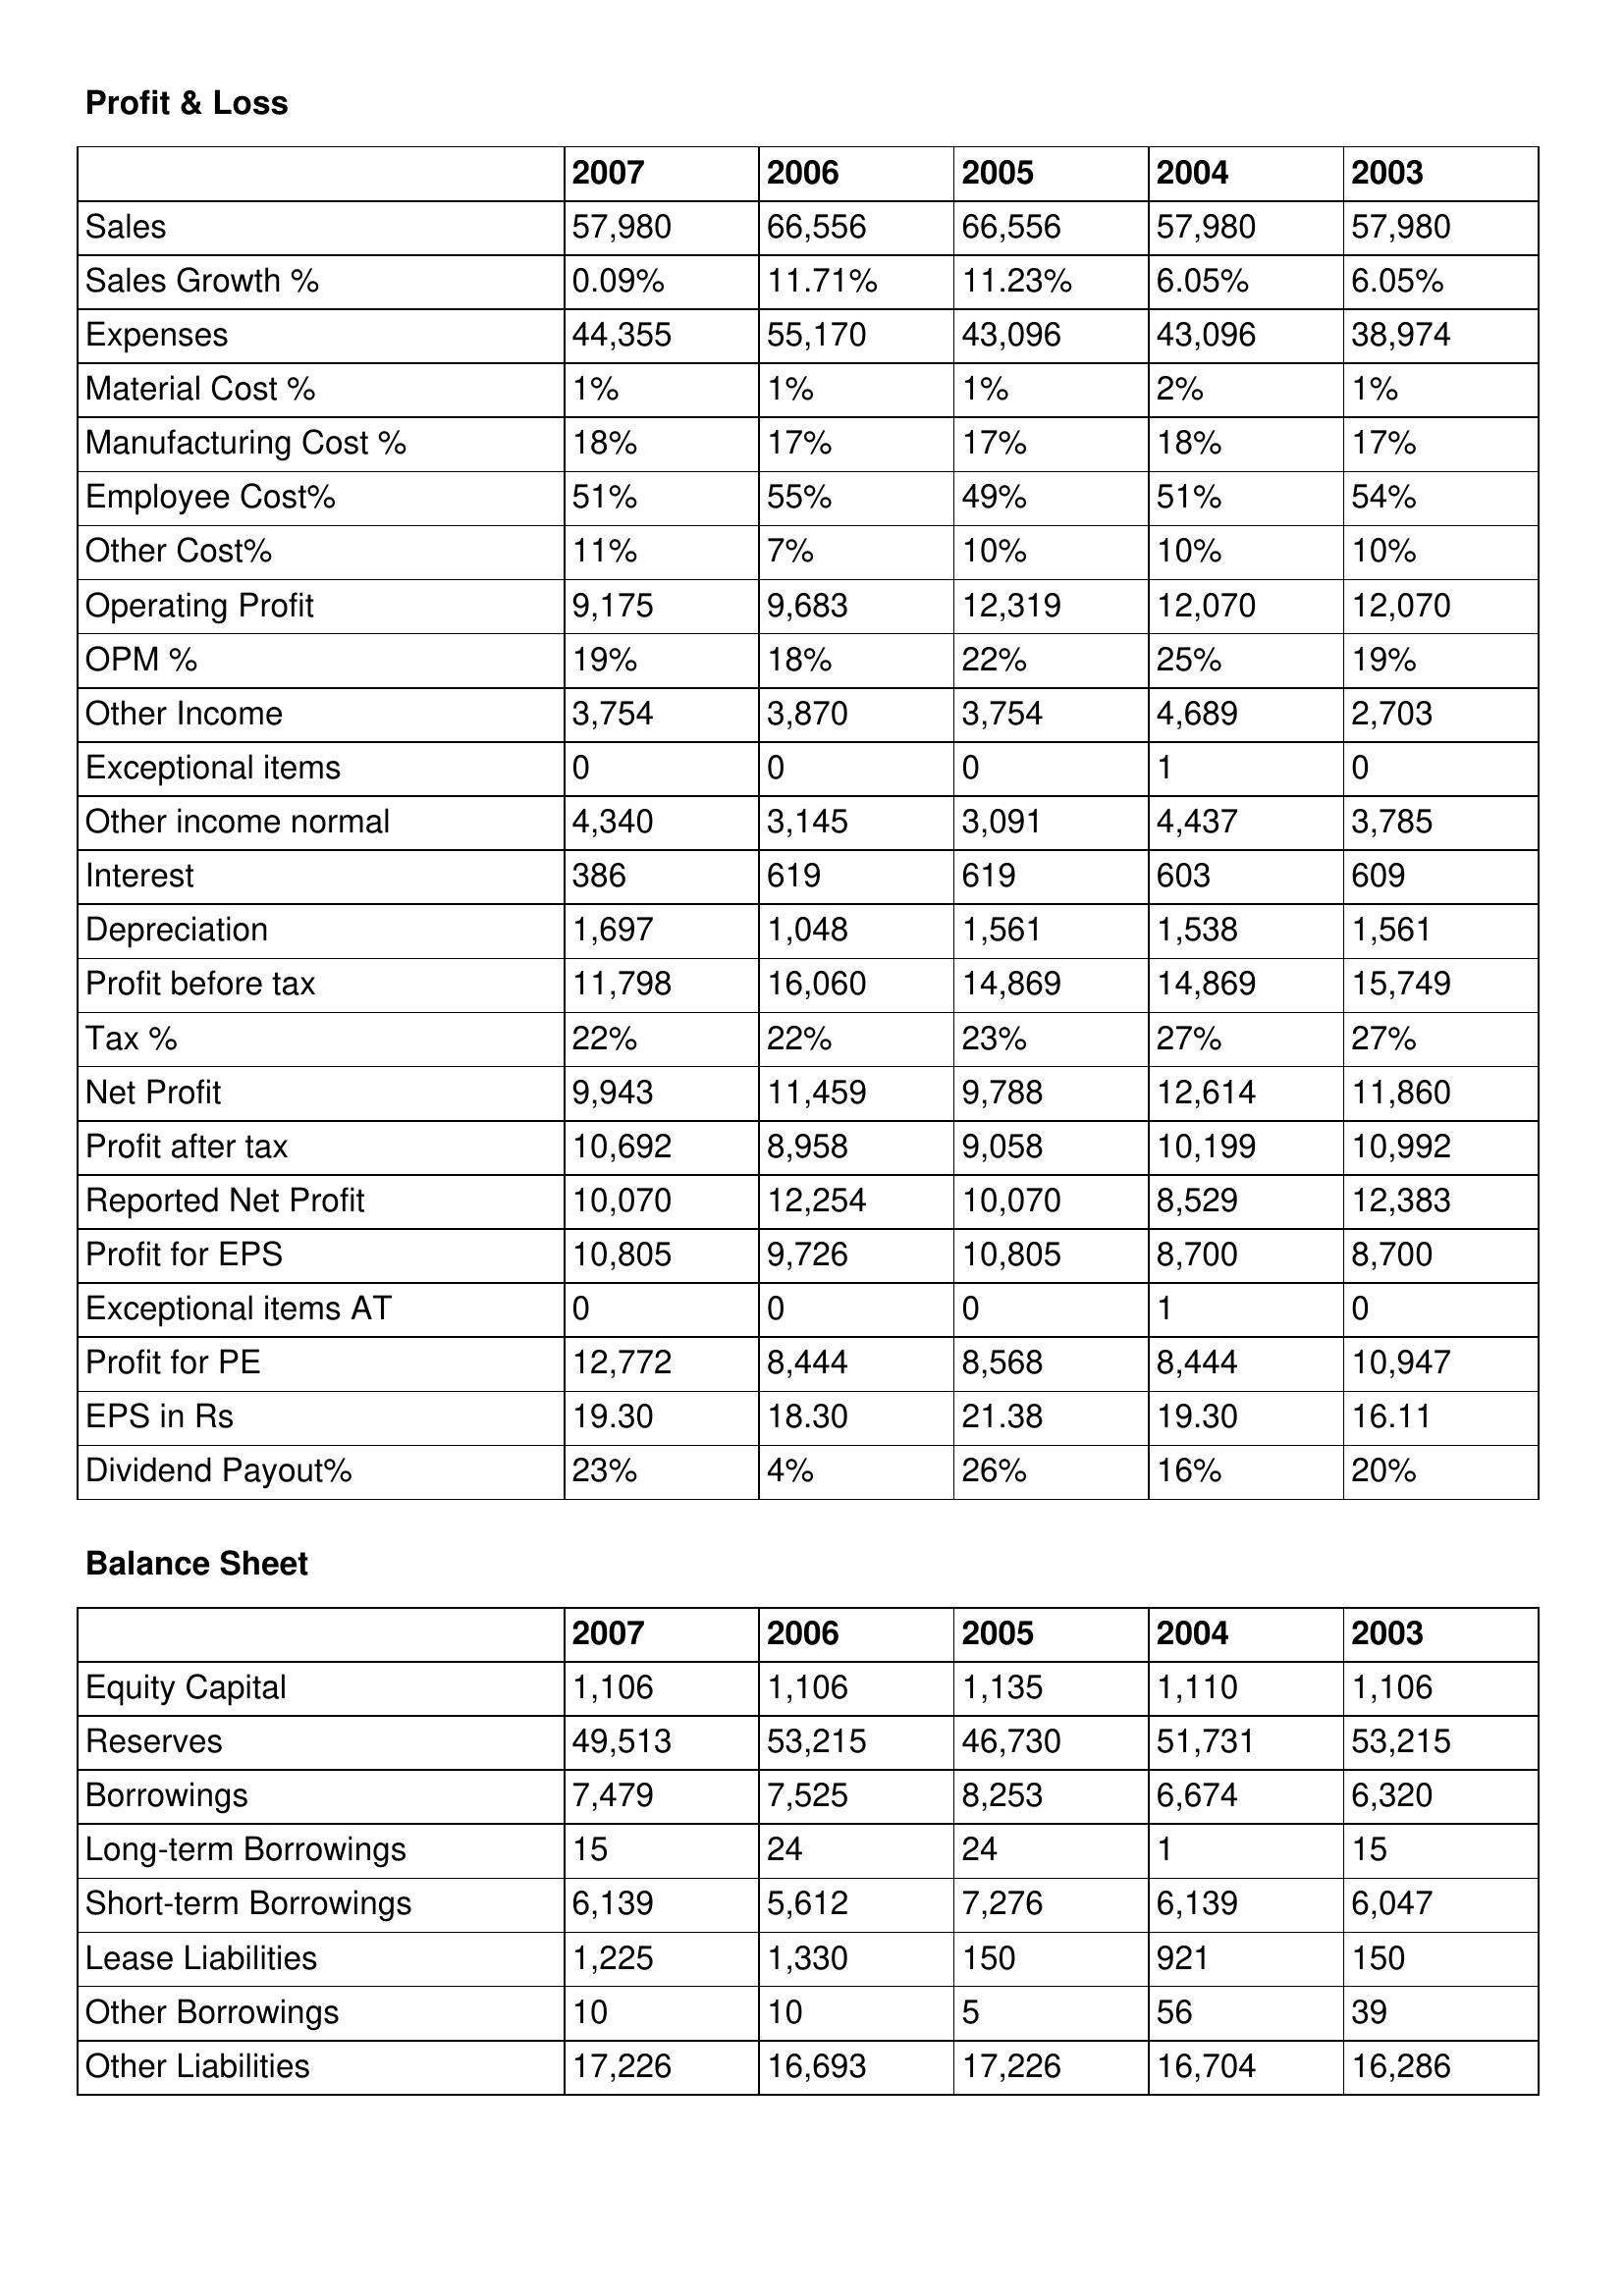
gt_parse: 2007: Profit & Loss: Sales: 57,980
Sales Growth %: 0.09%
Expenses: 44,355
Material Cost %: 1%
Manufacturing Cost %: 18%
Employee Cost%: 51%
Other Cost%: 11%
Operating Profit: 9,175
OPM %: 19%
Other Income: 3,754
Exceptional items: 0
Other income normal: 4,340
Interest: 386
Depreciation: 1,697
Profit before tax: 11,798
Tax %: 22%
Net Profit: 9,943
Profit after tax: 10,692
Reported Net Profit: 10,070
Profit for EPS: 10,805
Exceptional items AT: 0
Profit for PE: 12,772
EPS in Rs: 19.30
Dividend Payout%: 23%
Balance Sheet: Equity Capital: 1,106
Reserves: 49,513
Borrowings: 7,479
Long-term Borrowings: 15
Short-term Borrowings: 6,139
Lease Liabilities: 1,225
Other Borrowings: 10
Other Liabilities: 17,226
2006: Profit & Loss: Sales: 66,556
Sales Growth %: 11.71%
Expenses: 55,170
Material Cost %: 1%
Manufacturing Cost %: 17%
Employee Cost%: 55%
Other Cost%: 7%
Operating Profit: 9,683
OPM %: 18%
Other Income: 3,870
Exceptional items: 0
Other income normal: 3,145
Interest: 619
Depreciation: 1,048
Profit before tax: 16,060
Tax %: 22%
Net Profit: 11,459
Profit after tax: 8,958
Reported Net Profit: 12,254
Profit for EPS: 9,726
Exceptional items AT: 0
Profit for PE: 8,444
EPS in Rs: 18.30
Dividend Payout%: 4%
Balance Sheet: Equity Capital: 1,106
Reserves: 53,215
Borrowings: 7,525
Long-term Borrowings: 24
Short-term Borrowings: 5,612
Lease Liabilities: 1,330
Other Borrowings: 10
Other Liabilities: 16,693
2005: Profit & Loss: Sales: 66,556
Sales Growth %: 11.23%
Expenses: 43,096
Material Cost %: 1%
Manufacturing Cost %: 17%
Employee Cost%: 49%
Other Cost%: 10%
Operating Profit: 12,319
OPM %: 22%
Other Income: 3,754
Exceptional items: 0
Other income normal: 3,091
Interest: 619
Depreciation: 1,561
Profit before tax: 14,869
Tax %: 23%
Net Profit: 9,788
Profit after tax: 9,058
Reported Net Profit: 10,070
Profit for EPS: 10,805
Exceptional items AT: 0
Profit for PE: 8,568
EPS in Rs: 21.38
Dividend Payout%: 26%
Balance Sheet: Equity Capital: 1,135
Reserves: 46,730
Borrowings: 8,253
Long-term Borrowings: 24
Short-term Borrowings: 7,276
Lease Liabilities: 150
Other Borrowings: 5
Other Liabilities: 17,226
2004: Profit & Loss: Sales: 57,980
Sales Growth %: 6.05%
Expenses: 43,096
Material Cost %: 2%
Manufacturing Cost %: 18%
Employee Cost%: 51%
Other Cost%: 10%
Operating Profit: 12,070
OPM %: 25%
Other Income: 4,689
Exceptional items: 1
Other income normal: 4,437
Interest: 603
Depreciation: 1,538
Profit before tax: 14,869
Tax %: 27%
Net Profit: 12,614
Profit after tax: 10,199
Reported Net Profit: 8,529
Profit for EPS: 8,700
Exceptional items AT: 1
Profit for PE: 8,444
EPS in Rs: 19.30
Dividend Payout%: 16%
Balance Sheet: Equity Capital: 1,110
Reserves: 51,731
Borrowings: 6,674
Long-term Borrowings: 1
Short-term Borrowings: 6,139
Lease Liabilities: 921
Other Borrowings: 56
Other Liabilities: 16,704
2003: Profit & Loss: Sales: 57,980
Sales Growth %: 6.05%
Expenses: 38,974
Material Cost %: 1%
Manufacturing Cost %: 17%
Employee Cost%: 54%
Other Cost%: 10%
Operating Profit: 12,070
OPM %: 19%
Other Income: 2,703
Exceptional items: 0
Other income normal: 3,785
Interest: 609
Depreciation: 1,561
Profit before tax: 15,749
Tax %: 27%
Net Profit: 11,860
Profit after tax: 10,992
Reported Net Profit: 12,383
Profit for EPS: 8,700
Exceptional items AT: 0
Profit for PE: 10,947
EPS in Rs: 16.11
Dividend Payout%: 20%
Balance Sheet: Equity Capital: 1,106
Reserves: 53,215
Borrowings: 6,320
Long-term Borrowings: 15
Short-term Borrowings: 6,047
Lease Liabilities: 150
Other Borrowings: 39
Other Liabilities: 16,286